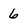
Character: 6